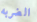
الضربه